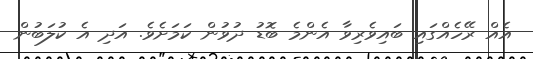
އެއް ރޭހެއްގައި ބައިވެރިވާ އެންމެ ބޮޑު ދުވުން ކަމަށެވެ. އަދި އެ ކުލަބުން